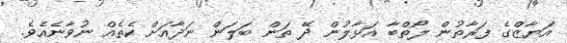
އަޔާޒްގެ ފަރާތުން ލޯތްބާ އަޅާލުން ދޭ ތަން ބަލަން ނަދާއަށް ކެތެއް ނުވާނެއެވެ.